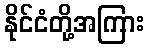
နိုင်ငံတို့အကြား